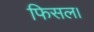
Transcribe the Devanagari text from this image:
फिसल।